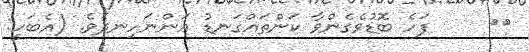
٣٤     ފަހެ ބޮޑުވެގެންވާ ކަންތައްގަނޑު އަންނަހިނދެވެ. (އެބަހީ: